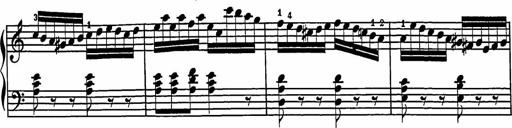
Title: 2 Sonatines
Composer: Richard Zeckwer